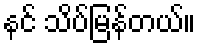
နင် သိပ်မြန်တယ်။